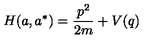
H ( a , a ^ { * } ) = { \frac { p ^ { 2 } } { 2 m } } + V ( q )